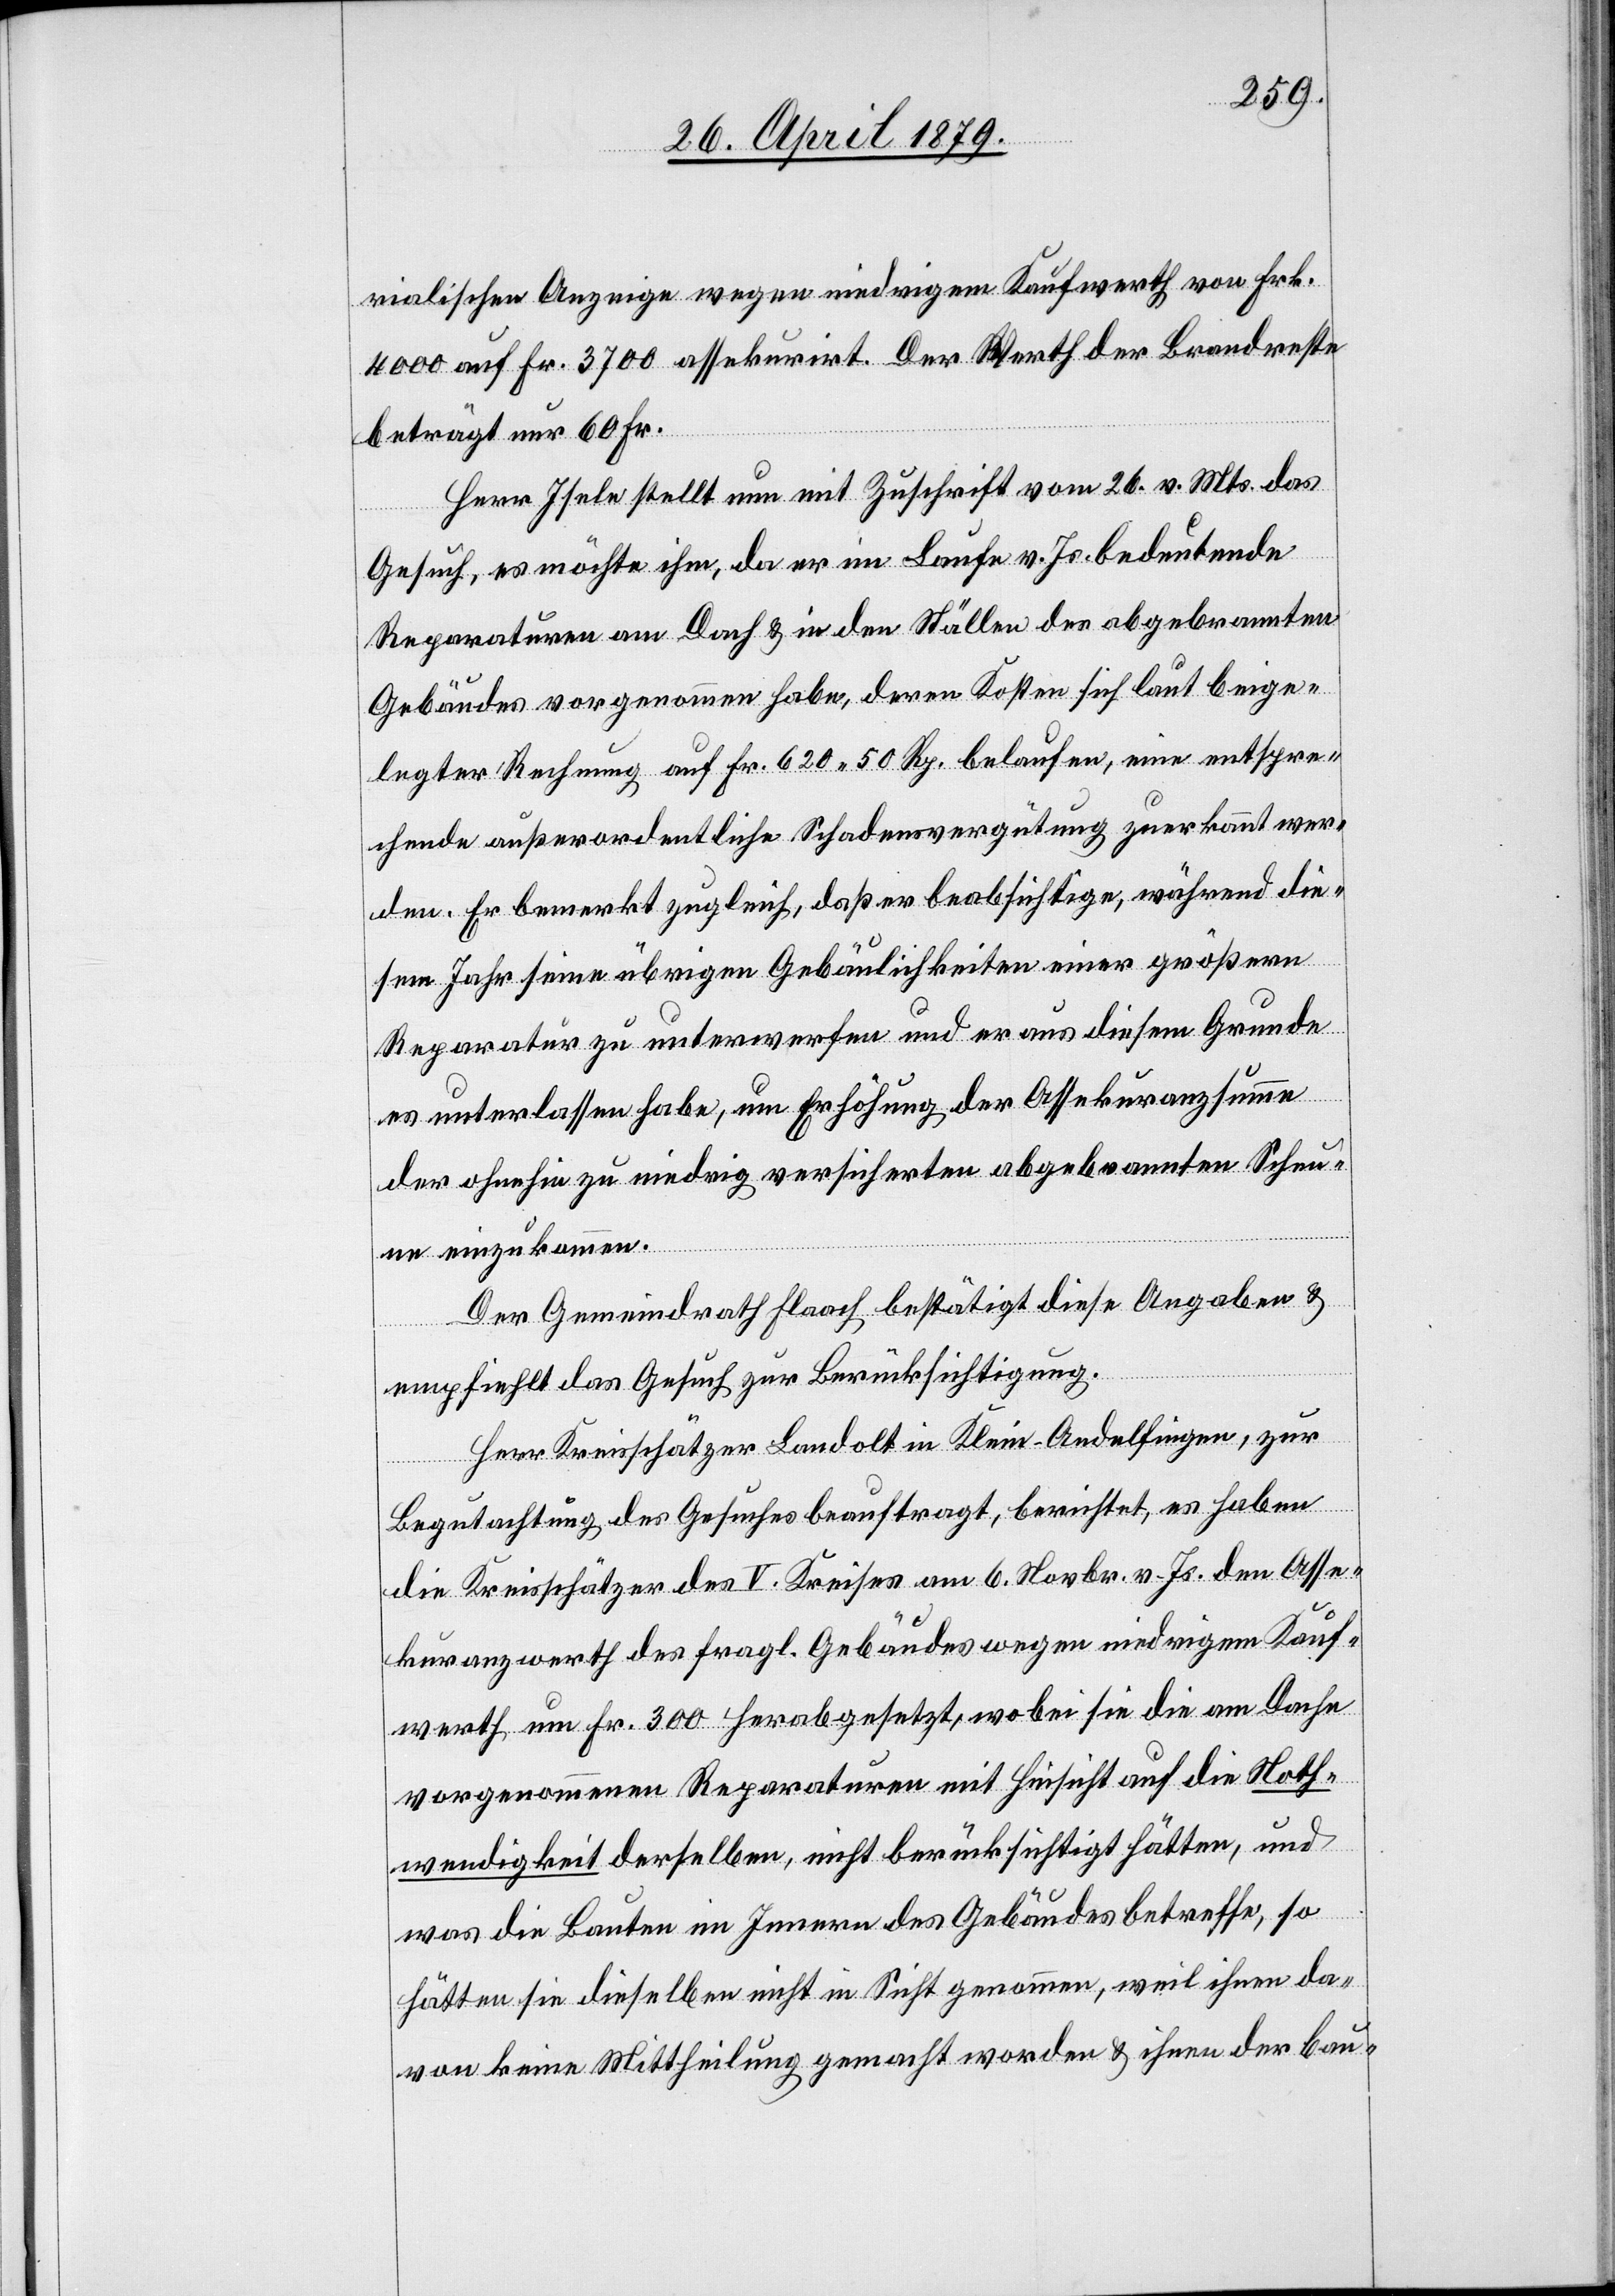
rialischen Anzeige wegen niedrigem Kaufwerth von Frk.
4000 auf Fr. 3700 assekurirt. Der Werth der Brandreste
beträgt nur 60 Fr.
Herr Isele stellt nun mit Zuschrift vom 26. v. Mts. das
Gesuch, es möchte ihm, da er im Laufe v. Js. bedeutende
Reparaturen am Dach & in den Ställen des abgebrannten
Gebäudes vorgenommen habe, deren Kosten sich laut beige¬
legter Rechnung auf Fr. 620 50 Rp. belaufen, eine entspre¬
chende außerordentliche Schadensvergütung zuerkannt wer¬
den. Er bemerkt zugleich, daß er beabsichtige, während die¬
sem Jahr seine übrigen Gebäulichkeiten einer größern
Reparatur zu unterwerfen und er aus diesem Grunde
es unterlassen habe, um Erhöhung der Assekuranzsumme
der ohnehin zu niedrig versicherten abgebrannten Scheu¬
ne einzukommen.
Der Gemeindrath Flaach bestätigt diese Angaben &
empfiehlt das Gesuch zur Berücksichtigung.
Herr Kreisschätzer Landolt in Klein-Andelfingen, zur
Begutachtung des Gesuches beauftragt, berichtet, es haben
die Kreisschätzer des V. Kreises am 6. Novbr. v. Js. den Asse¬
kuranzwerth des fragl. Gebäudes wegen niedrigem Kauf¬
werth um Fr. 300 herabgesetzt, wobei sie die am Dache
vorgenommenen Reparaturen mit Hinsicht auf die Noth¬
wendigkeit derselben, nicht berücksichtigt hätten, und
was die Bauten im Innern des Gebäudes betreffe, so
hätten sie dieselben nicht in Sicht genommen, weil ihnen da¬
von keine Mittheilung gemacht worden & ihnen der bau-